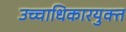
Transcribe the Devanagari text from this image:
उच्चाधिकारयुक्त